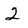
Character: 2